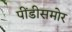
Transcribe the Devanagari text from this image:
पींडीसमोर